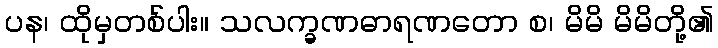
ပန၊ ထိုမှတစ်ပါး။ သလက္ခဏဓာရဏတော စ၊ မိမိ မိမိတို့၏